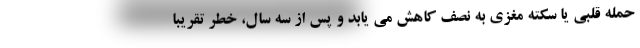
حمله قلبی یا سکته مغزی به نصف کاهش می یابد و پس از سه سال، خطر تقریبا